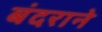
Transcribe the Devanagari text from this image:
बंदराने